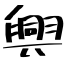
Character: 興